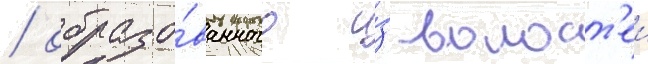
/ образо́ванного и́з волост'еи